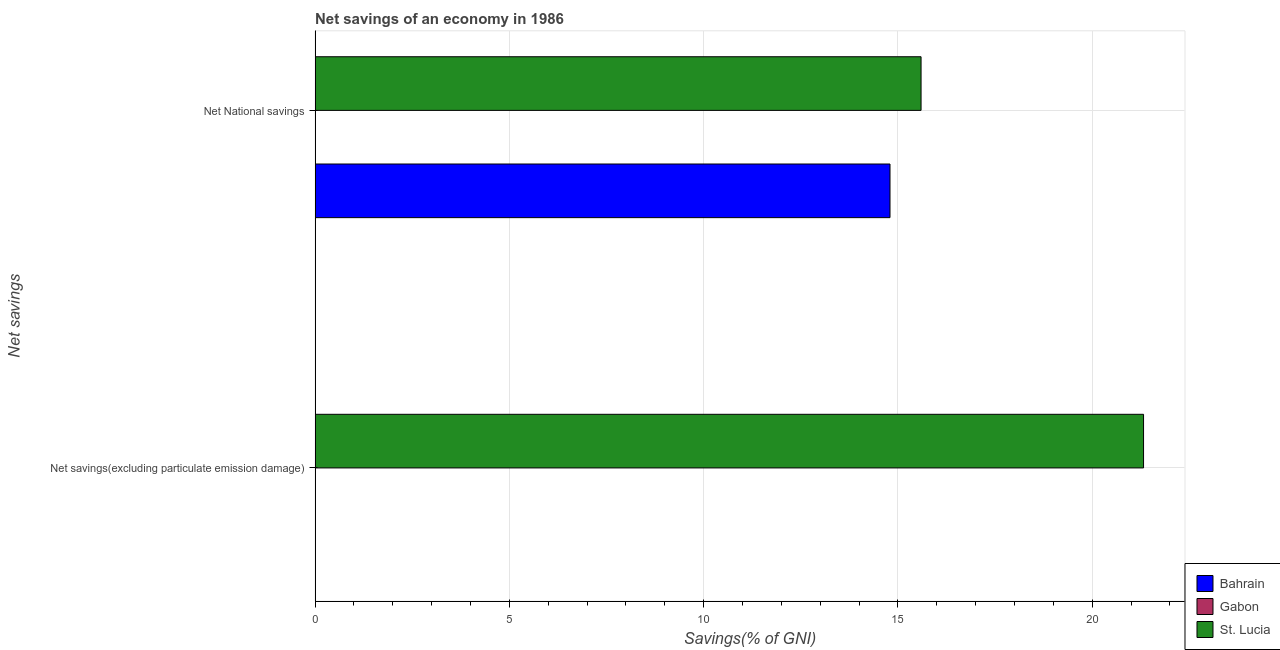
| Net savings | Bahrain | Gabon | St. Lucia |
 | --- | --- | --- | --- |
 | Net savings(excluding particulate emission damage) | -14.8 | -19.4 | 21.3 |
 | Net National savings | 14.8 | -4.18 | 15.6 |